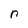
Character: n